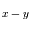
x - y